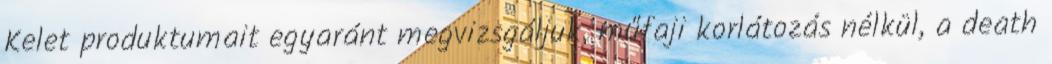
Kelet produktumait egyaránt megvizsgáljuk, műfaji korlátozás nélkül, a death